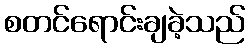
စတင်ရောင်းချခဲ့သည်